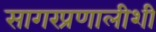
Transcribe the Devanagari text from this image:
सागरप्रणालीशी